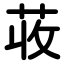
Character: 荍